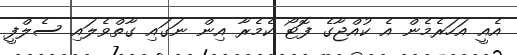
އެއީ އަހަރެމެން އެ ކުއްޖާގެ ފޮޓޯ ކެމެރާ އިން ނަގައި ގާތްވެލައި ސެލްފީ